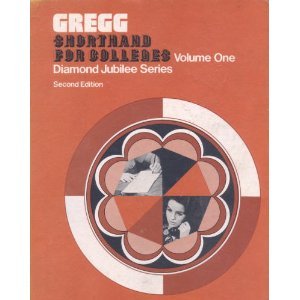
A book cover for Gregg Shorthand for Colleges, Diamond Jubilee Series, Volume One; Louis A. Leslie; Business & Money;